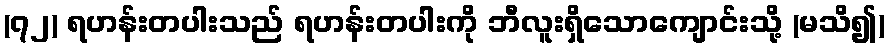
(၇၂) ရဟန်းတပါးသည် ရဟန်းတပါးကို ဘီလူးရှိသောကျောင်းသို့ (မသိ၍)